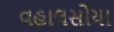
વહાલસોયા